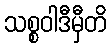
သစ္စဝါဒီမှီတိ